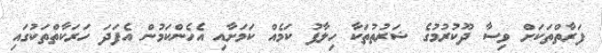
ފަރާތްތަކަށް ވިސާ ދޫކުރުމުގެ ޝަރުތުތަކާ ހިލާފު ކަމެއް ކަމަށާއި އެހެންކަމުން އެފަދަ ހަރަކާތްތަކުގައި